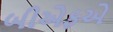
બીએફએ